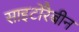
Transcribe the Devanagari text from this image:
साइटोरैबीन